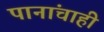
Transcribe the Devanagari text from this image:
पानांचाही